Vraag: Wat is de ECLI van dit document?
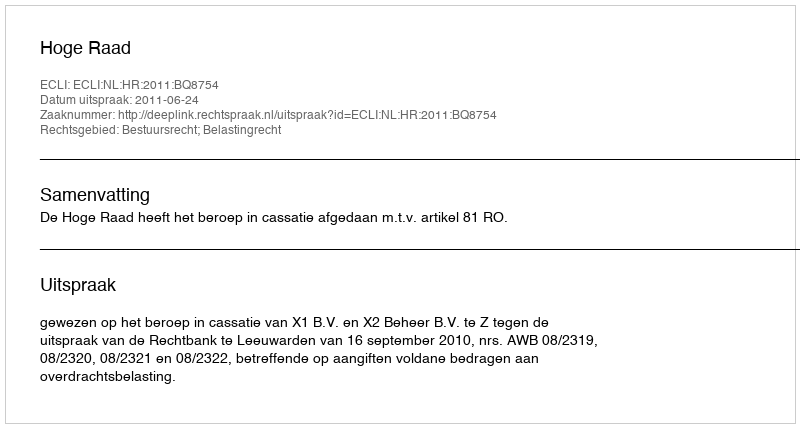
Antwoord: ECLI:NL:HR:2011:BQ8754